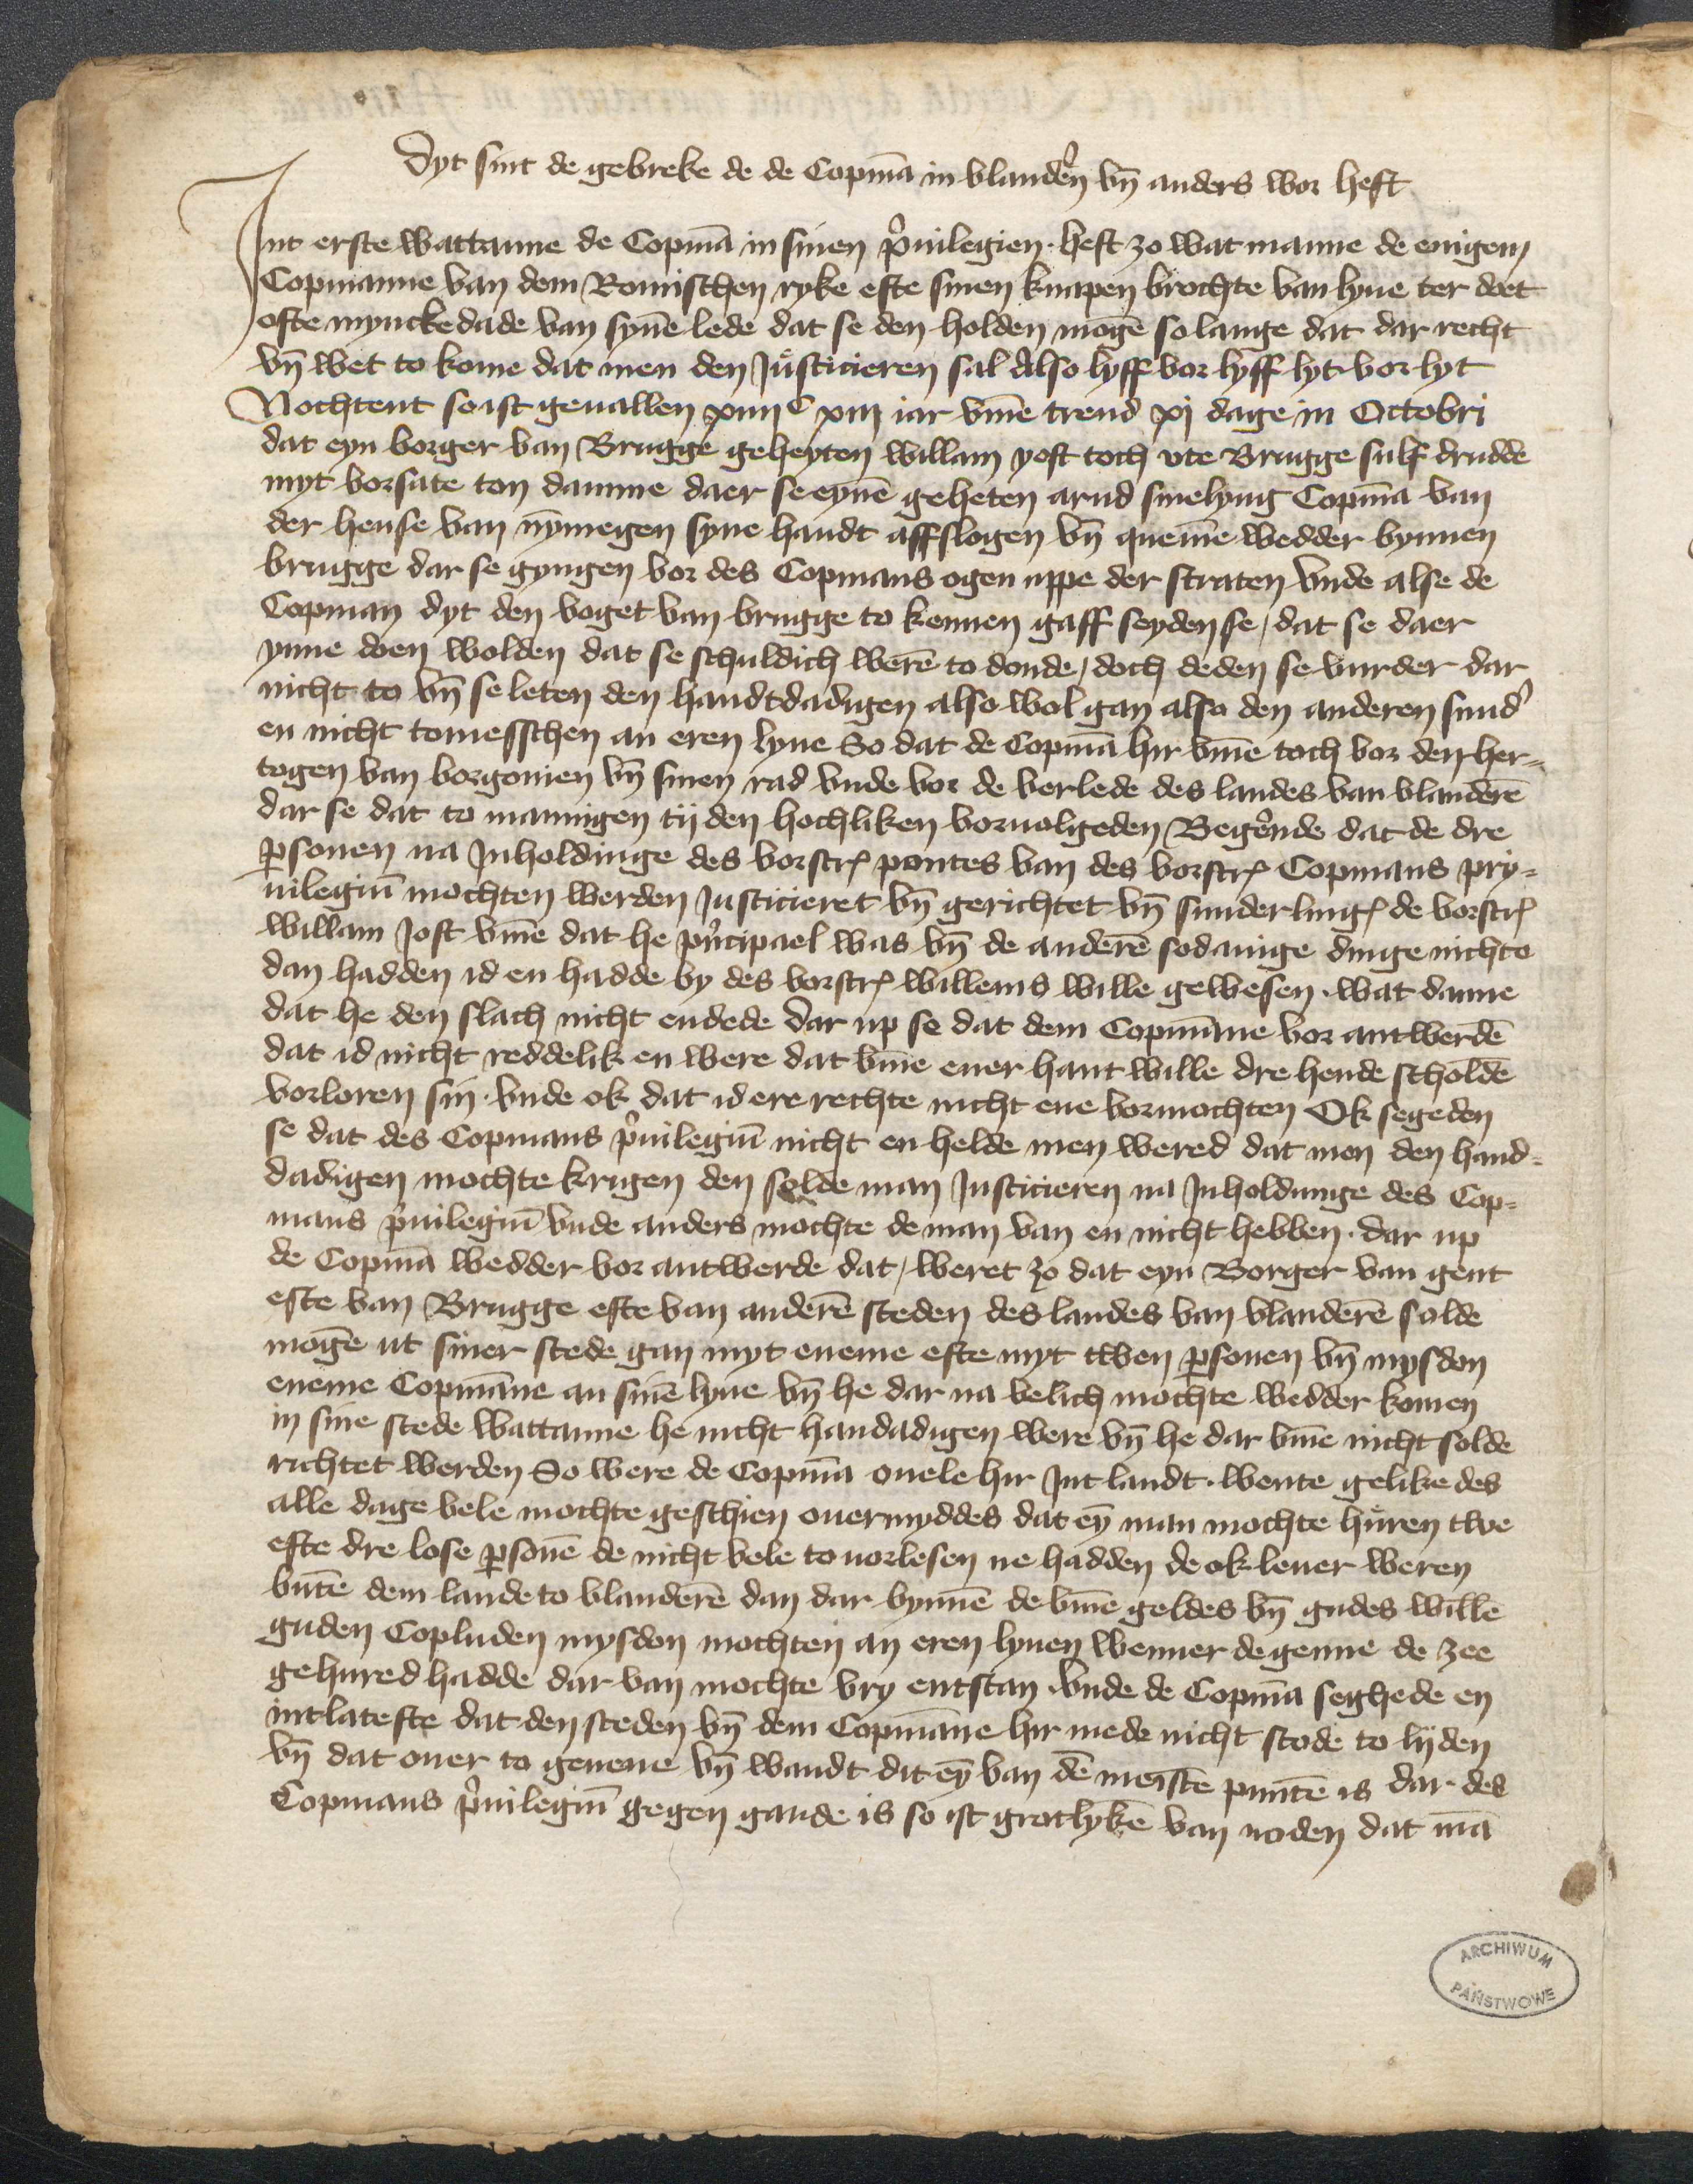
dyt sint de gebreke de de Copman in Vlandern vnd anders wor heft
Jnt erste wattanme de Copman in sinen priuilegien heft zo wat manne de enigene
Copmanne van dem Romischen ryke efte sinen knapen brochte van lyue ter doet
ofte myncke dade van synen lede dat se den holden mogen so lange dat dar recht
vnd wet to kome dat men den Juͤsticieren sal Also lyff vor lyff lyt vor lyt
Nochtent soist geuallen xuijC xiij iar vmme trend xj dage in Octobri
dat eyn borger van Brugge geheyten Willam Yost toch vte Brugge sulf drudde
myt vorsate ton damme daer se eynen geheten Arnd Smelyng Copman van
der hense van Nymegen syne handt affslogen vnd quemen wedder bynnen
Brugge dar se gyngen vor des Copmans ogen vppe der straten vnde alse de
Copman dyt den voget van Brugge to kennen gaff seyden se, dat se daer
ynne doen wolden dat se schuldich weren to donde, doch deden se vurder dar
nicht to vnd se leten den handtdadigen also wol gan also den anderen sunder
en nicht tomesschen an eren lyue So dat de Copman hir vmme toch vor den her¬
togen van Borgonien vnd sinen rad vnde vor de verlede des landes van Vlanderen
dar se dat to mannigen ty den hochliken voruolgeden Begerende dat de dre
personen na Jnholdinge des vorscreuen pontes van des vorscreuen Copmans Pry¬
uilegium mochten werden Justicieret vnd gerichtet vnd sunderlinges de vorscreuen
Willan Jost vmme dat he principael was vnd de anderen sodanige dinge nichte
dan hadden id en hadde by des vorscreuen Willems wille gewesen. wat danne
dat he den slach nicht endede dar up se dat dem Copmme vor antwerden
dat id nicht reddelik en were dat vmme ener hant wille dre hende scholden
vorloren sin. vnde ok dat id ere rechte nicht ene vormachten Ok segeden
se dat des Copmans priuilegium nicht en helde men wered dat menen den hand¬
dadigen mochte krigen den solde man Justicieren na Jnholdunge des Cop¬
mans priuilegium vnde anders mochte de man van en nicht hebben dar up
de Copman wedder vor antwerde dat, weret zo dat eyn Borger van Gent
efte van Brugge efte van anderen steden des landes van Vlanderen solde
mogen ut siner stede gan myt eneme efte myt twen personen vnd mysdon
eneme Copmanne an sinen lyue vnd he dar na velich mochte wedder komen
in sine stede wattanne he nicht handadigen were vnd he dar vmme nicht solde
richtet werden So were de Copman ouele hir Jnt landt. wente gelike des
alle dage vele mochte geschien ouermyddes dat eyn man mochte huren twe
efte dre lose personen de nicht vele to vorlesen ne hadden de ok leuer weren
buten dem lande to Vlanderen dan dar bynnen de vmme geldes vnd gudes willen
guden Copluden mysdon mochten an eren lyuen wenner de genne de zee
gehured hadde dar van mochte vry entstan vnde de Copman seghede en
intlateste dat den steden vnd dem Copmanne hir mede nicht stode to lyden
vnd dat ouer to genene vnd wandt dit eyn van den meisten punten is dar des
Copmans priuilegium gegen gande is so ist grotlyken van noden dat man